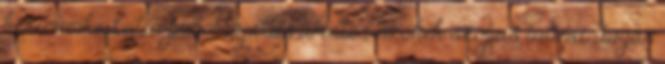
kézimunka latin punci nyalás amatőr szőkék szopás indiai dugás